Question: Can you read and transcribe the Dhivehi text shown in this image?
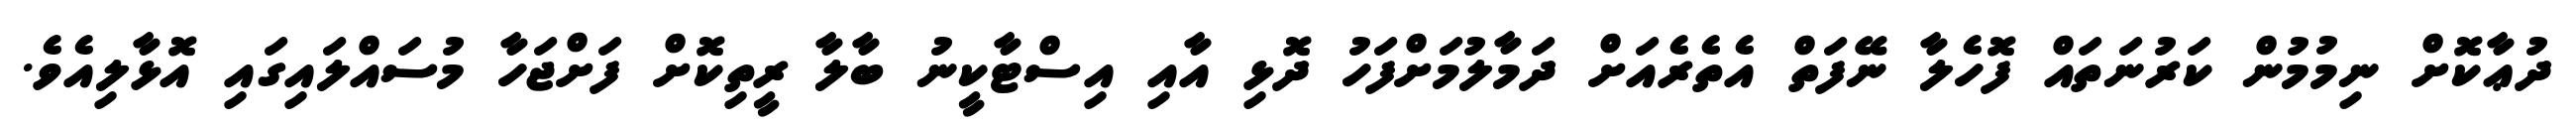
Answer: ދުޢާކޮށް ނިމުމުން ކަރުނަތައް ފޮހެލާ ނޭފަތް އެތެރެއަށް ދަމާލުމަށްފަހު ދޮޅި އާއި އިސްޓާކީނު ބާލާ ރީތިކޮށް ފަށްޖަހާ މުސައްލައިގައި އޮޅާލިއެވެ.